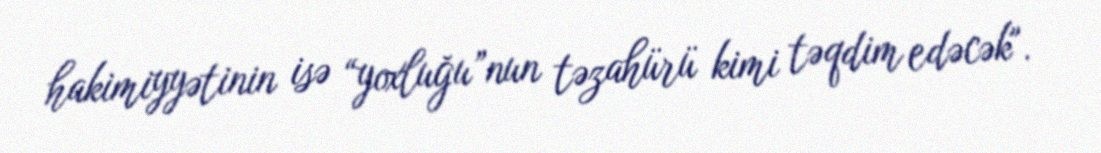
hakimiyyətinin isə “yoxluğu”nun təzahürü kimi təqdim edəcək".